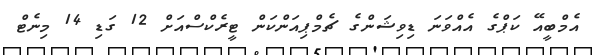
އެމްބީއޭ ކަޕްގެ އެއްވަނަ ޑިވިޝަންގެ ޗެމްޕިއަންކަން ޓީރެކްސްއަށް 12 ގަޑި 14 މިނެޓް